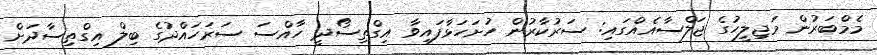
މެމްބަރުން މަޖިލީހުގެ ޖަލްސާއެއްގައި: ސަރުކާރުން ހުށަހަޅާފައިވާ އިގްތިސޯދީ ހާއްސަ ސަރަހައްދުގެ ބިލް އިގްތިސާދަށް